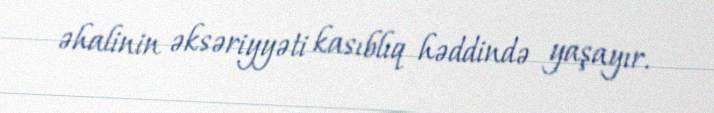
əhalinin əksəriyyəti kasıblıq həddində yaşayır.